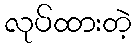
လုပ်ထားတဲ့